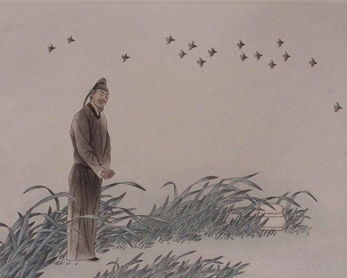
感时花溅泪，恨别鸟惊心。